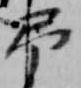
弔